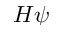
H \psi